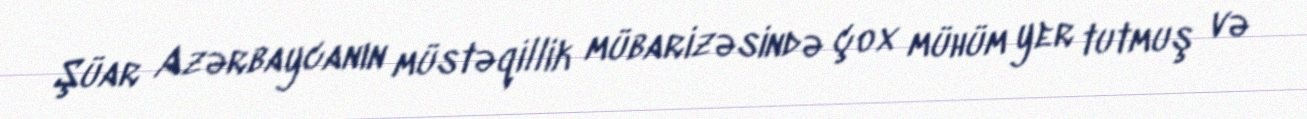
Şüar Azərbaycanın müstəqillik mübarizəsində çox mühüm yer tutmuş və